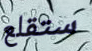
ستقلع